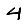
Digit: 4